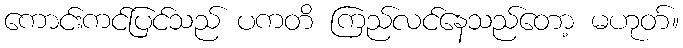
ကောင်းကင်ပြင်သည် ပကတိ ကြည်လင်နေသည်တော့ မဟုတ်။